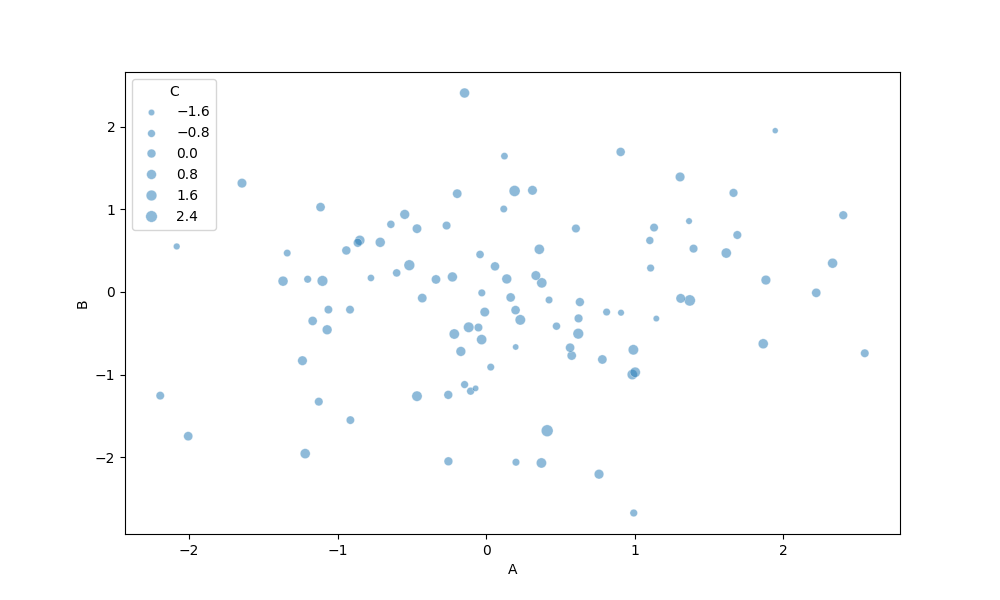
python, seaborn, scatterplot, hue='None', style='None', size='C', palette='deep', alpha=0.5